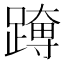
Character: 𮜊